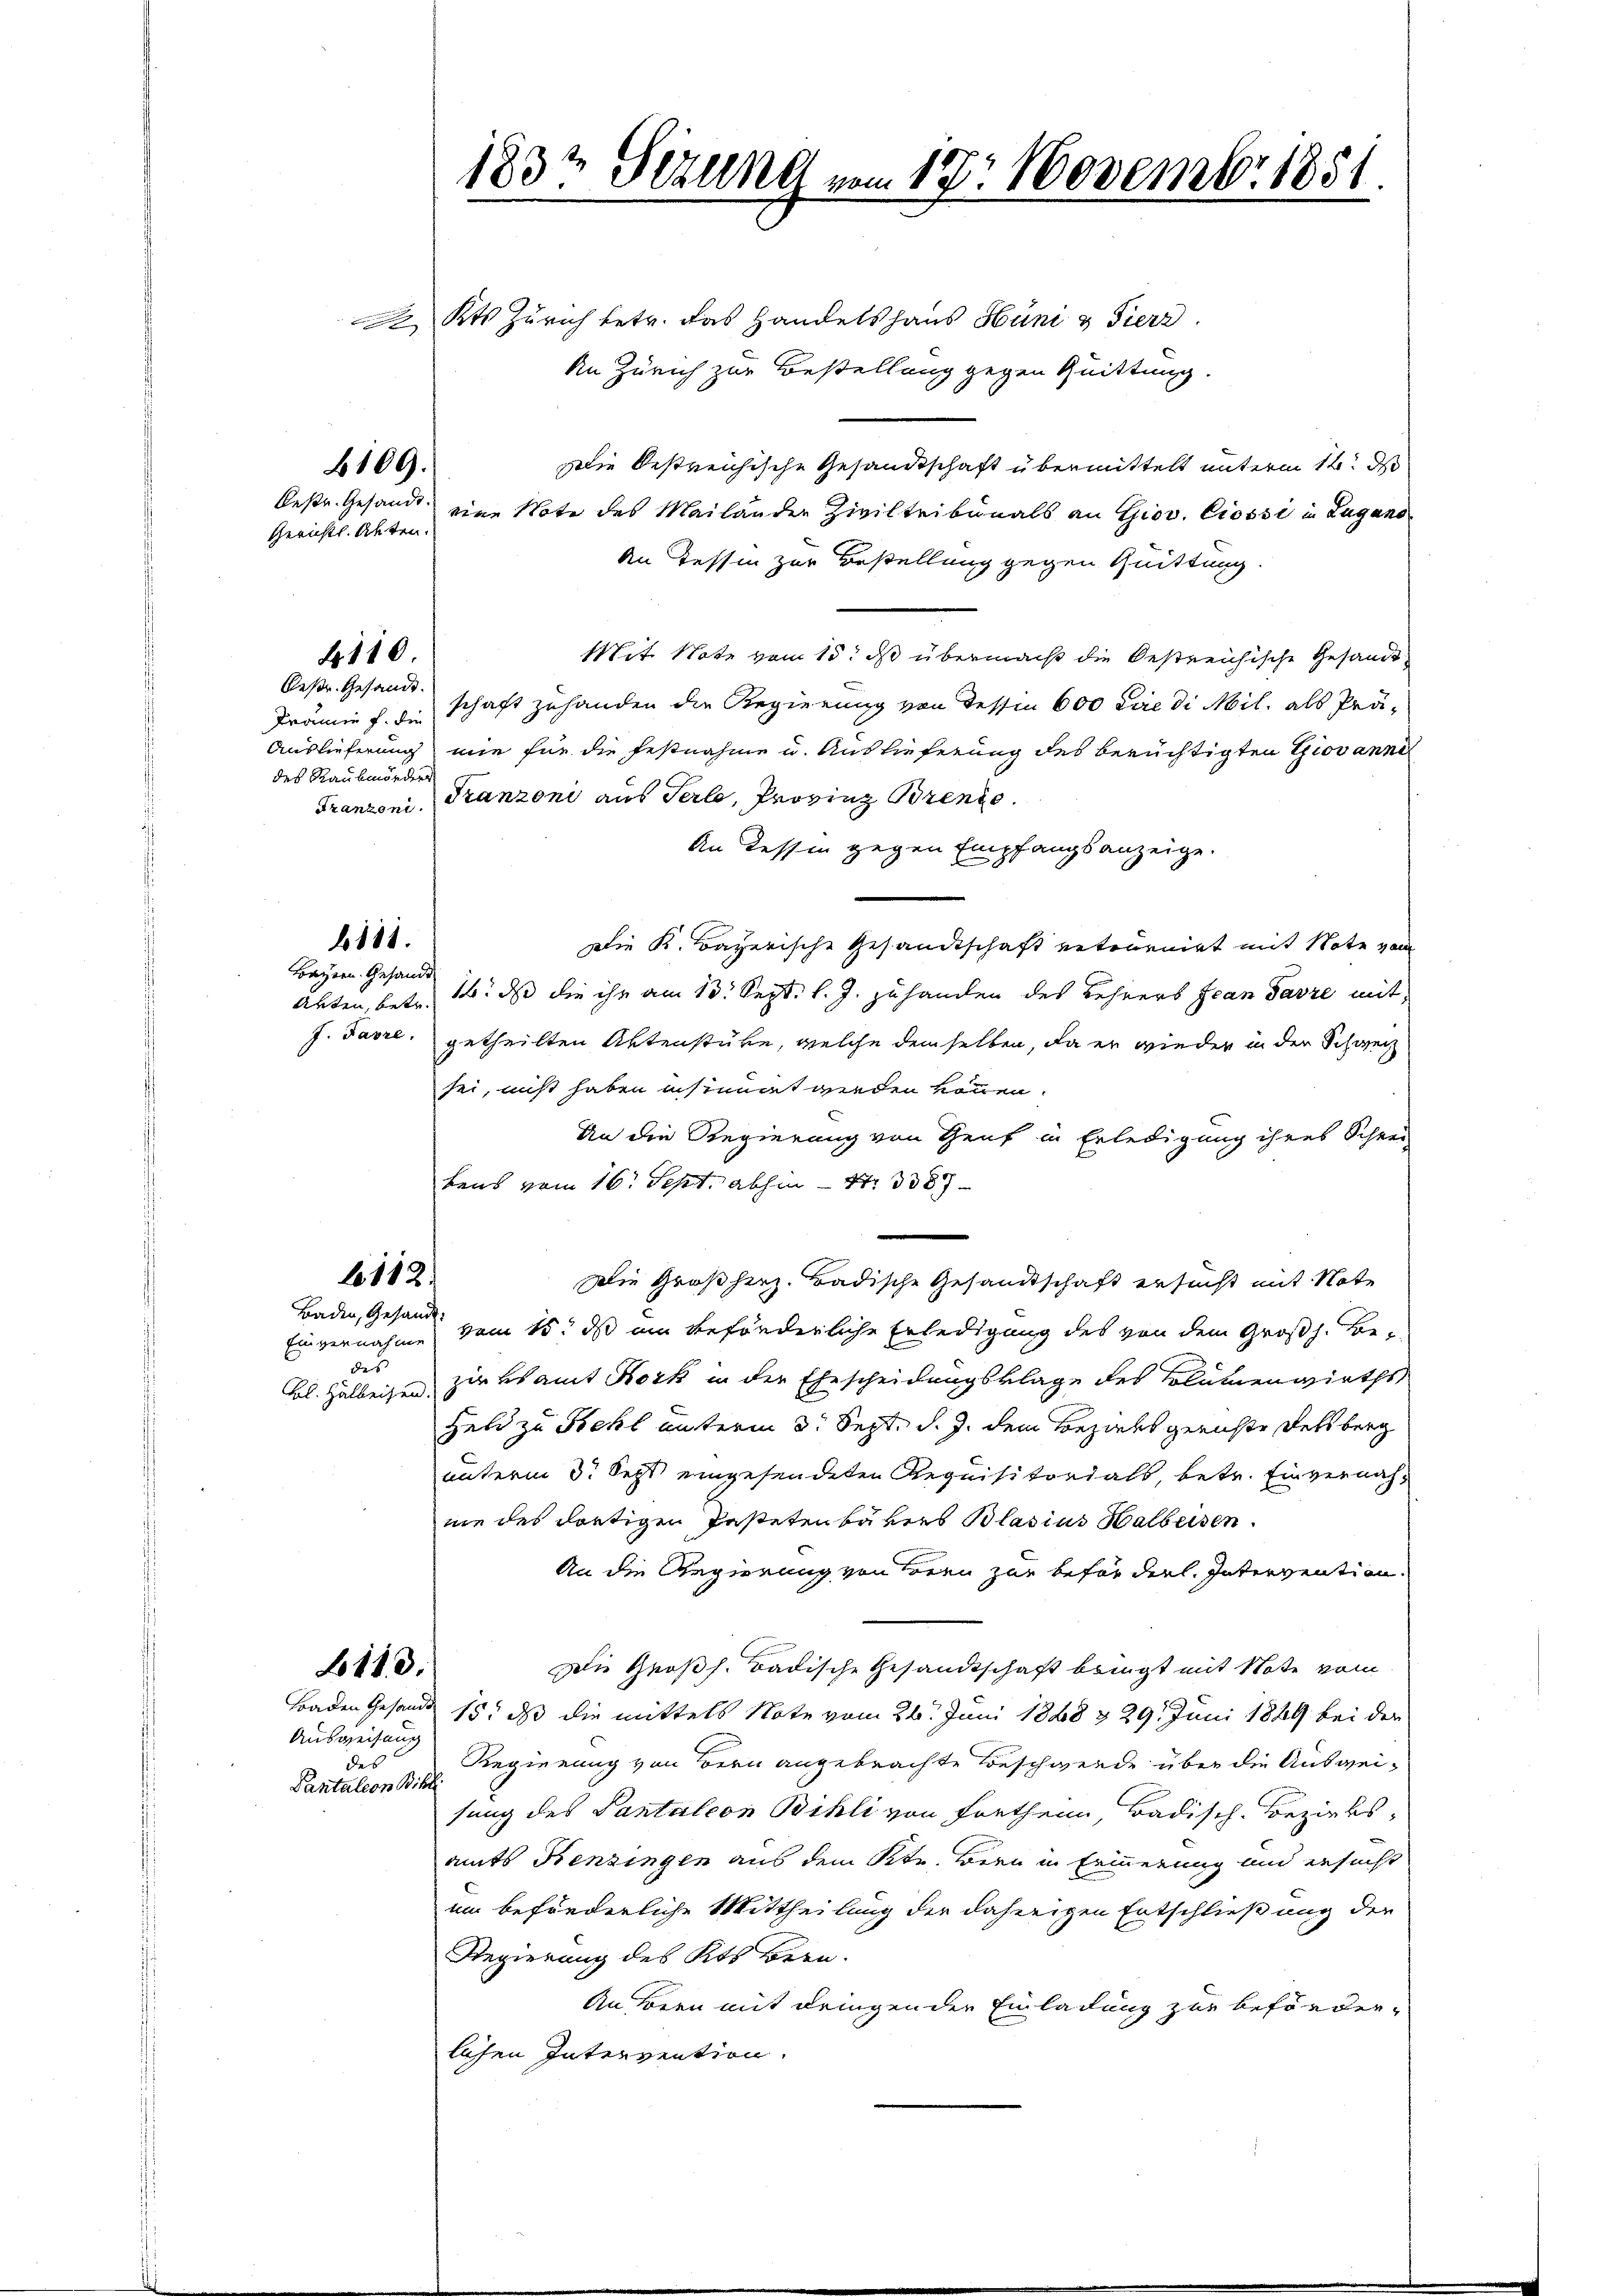
2 Kts Zürich betr. das Handelshaus Hüni & Fierz
An Zürich zur Bestellung gegen Quittung.
Die bestreichische Gesandtschaft übermittelt unterm 14. d
eine Note des Mailander Ziviltribunals an Giov. Ciossi in Lugano
An Tessin zur Bestellung gegen Quittung.
Mit Note vom 15. dß übermacht die Oestreichische Gesandt
schaft zuhanden die Regierung von dessin 600 Lire di Mil, als Prä¬
Auslieferung nie für die Festnahme u. Auslieferung des berüchtigten Giovanne
des Raubmorden
Franzoni aus Verle, Provinz Brento.
Franzoni.
An dessen gegen Empfangsanzeige.
Die K. Bayerische Gesandtschaft retournirt mit Note vom
Bayern. Gesandt
Abten, betr. 16. ds die ihr am 13. Sept. l. J. zuhanden des Lehrers Jean Parre mit
J. Jahre getheilten Aktenstube, welche demselben, da er wieder in der Schweiz
sei, nicht haben insinnet werden können.
An die Regierung von Genf in Erledigung ihres Schrei
bens vom 16. Sept. abhin – Nr. 3387
112.
Die Großherz. Badische Gesandtschaft ersucht mit Note
Baden, Gesandt
Einvernahme vom 15. ds um beförderliche Erledigung des von dem Großh. Be-
des
zirksamt Hork in der Ehescheidungsklage des Blumenwirths
Fol. Halbeisen.
Geld zu Stehl unterm 3. Sept. d. J. dem Bezirksgerichte Delsberg
unterm 3. Sept eingesendeten Requisitorials, betr. Einvernahnie des dortigen Pasteten bäkies Blasius Halbeisen.
An die Regierung von Bern zur befürderl. Intervention.
Die Großh. Badische Gesandtschaft bringt mit Note vom
113.
Faden Gesandt 15. da die mittels Note vom 26. Juni 1888 & 29. Juni 1889 bei der
Ausweisung
Regierung von Bern angebrachte Beschwerde über die Ausweides |
Pantaleon Bill
sung des Pantalion Billi von Fretheim, Badisch-Bezirksamts Henzingen aus dem Stund Bern in Erinnerung und ersucht
um beförderliche Mittheilung der daherigen Entschließung der
Regierung des Kts. Bern.
An Bern mit dringen der Einladung zur beförderlichen Intervention.

Oestr. Gesandt.
Gerichtl. Akten.

109.

110.

Bestr. Gesandt.
Prämie f. die

b111.

183t Sezung vom 17. Novembr. 1851.